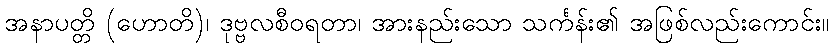
အနာပတ္တိ (ဟောတိ)၊ ဒုဗ္ဗလစီဝရတာ၊ အားနည်းသော သင်္ကန်း၏ အဖြစ်လည်းကောင်း။